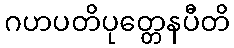
ဂဟပတိပုတ္တေနပီတိ